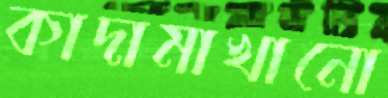
কাদামাখানো